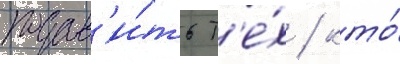
подав'и́ть т'е́х / кто́